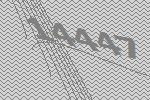
14447